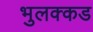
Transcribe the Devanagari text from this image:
भुलक्कड